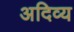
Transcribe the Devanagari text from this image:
अदिव्य